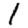
Digit: 1